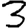
Digit: 3